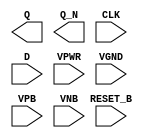
module sky130_fd_sc_hvl__dfrbp (
    Q      ,
    Q_N    ,
    CLK    ,
    D      ,
    RESET_B,
    VPWR   ,
    VGND   ,
    VPB    ,
    VNB
);

    output Q      ;
    output Q_N    ;
    input  CLK    ;
    input  D      ;
    input  RESET_B;
    input  VPWR   ;
    input  VGND   ;
    input  VPB    ;
    input  VNB    ;
endmodule